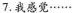
7.我感觉······